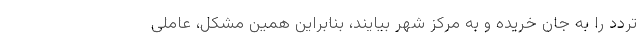
تردد را به جان خریده و به مرکز شهر بیایند، بنابراین همین مشکل، عاملی